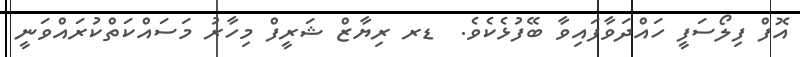
އޮފް ފިލޯސަފީ ހައްދަވާފައިވާ ބޭފުޅެކެވެ.  ޑރ ރިޔާޒް ޝަރީފް މިހާރު މަސައްކަތްކުރައްވަނީ